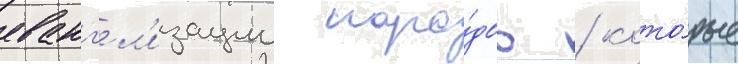
еванг'ел'изации наро́дов / кото́рые